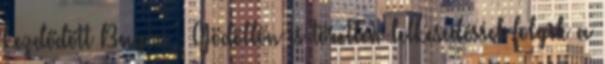
kezdődött Bagon , Gödöllőn is töretlen lelkesedéssel folyik a